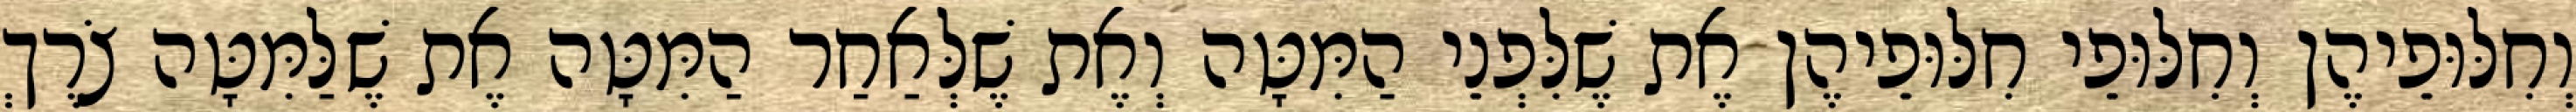
וְחִלּוּפֵיהֶן וְחִלּוּפֵי חִלּוּפֵיהֶן אֶת שֶׁלִּפְנֵי הַמִּטָּה וְאֶת שֶׁלְּאַחַר הַמִּטָּה אֶת שֶׁלַּמִּטָּה צֹרֶךְ